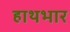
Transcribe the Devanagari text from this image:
हाथभार